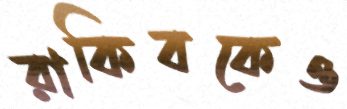
রাকিবকেও